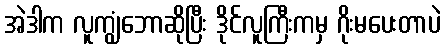
အဲဒါက လူကျွံဘောဆိုပြီး ဒိုင်လူကြီးကမှ ဂိုးမပေးတာပဲ